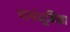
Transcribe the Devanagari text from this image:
पार्श्वभूमिका